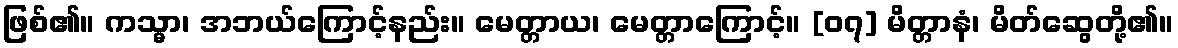
ဖြစ်၏။ ကသ္မာ၊ အဘယ်ကြောင့်နည်း။ မေတ္တာယ၊ မေတ္တာကြောင့်။ [၀၇] မိတ္တာနံ၊ မိတ်ဆွေတို့၏။